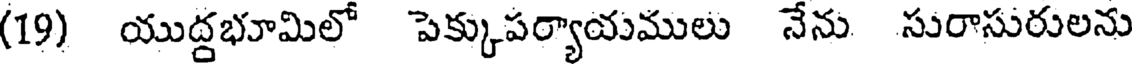
(19) యుద్దభూమిలో పెక్కుపర్యాయములు నేను సురాసురులను